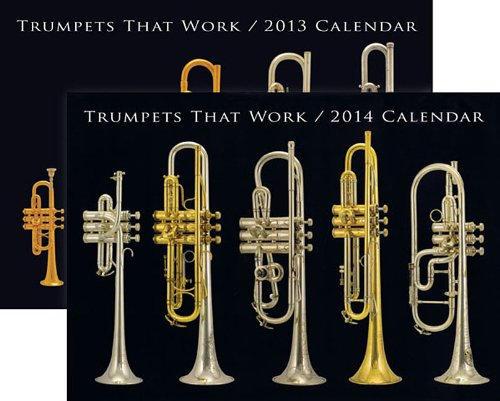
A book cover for Trumpets That Work 2013 & 2014 Calendar Bundle; Calendars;